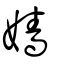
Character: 嬙